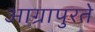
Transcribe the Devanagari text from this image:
आग्रापुरते